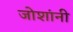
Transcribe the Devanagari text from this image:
जोशांनी